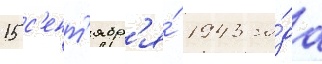
15 с'ент'ябр'я́ 1943 го́да